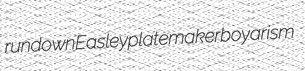
rundown Easley platemaker boyarism